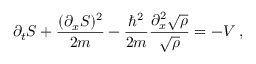
\partial _ { t } S + \frac { ( \partial _ { x } S ) ^ { 2 } } { 2 m } - \frac { \hbar ^ { 2 } } { 2 m } \frac { \partial _ { x } ^ { 2 } \sqrt { \rho } } { \sqrt { \rho } } = - V \; ,